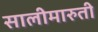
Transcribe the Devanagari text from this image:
सालीमारुती